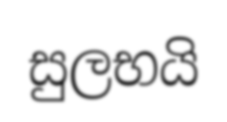
සුලභයි